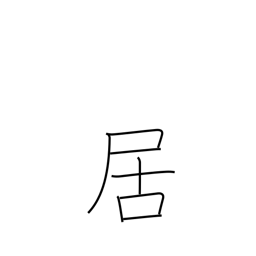
Meaning: to be